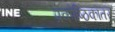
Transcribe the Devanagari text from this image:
प्रकोष्ठिकांतर